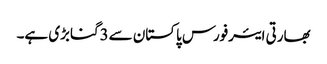
بھارتی ایئرفورس پاکستان سے3گنابڑی ہے۔